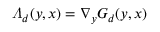
\varLambda _ { d } ( y , x ) = \nabla _ { y } G _ { d } ( y , x )